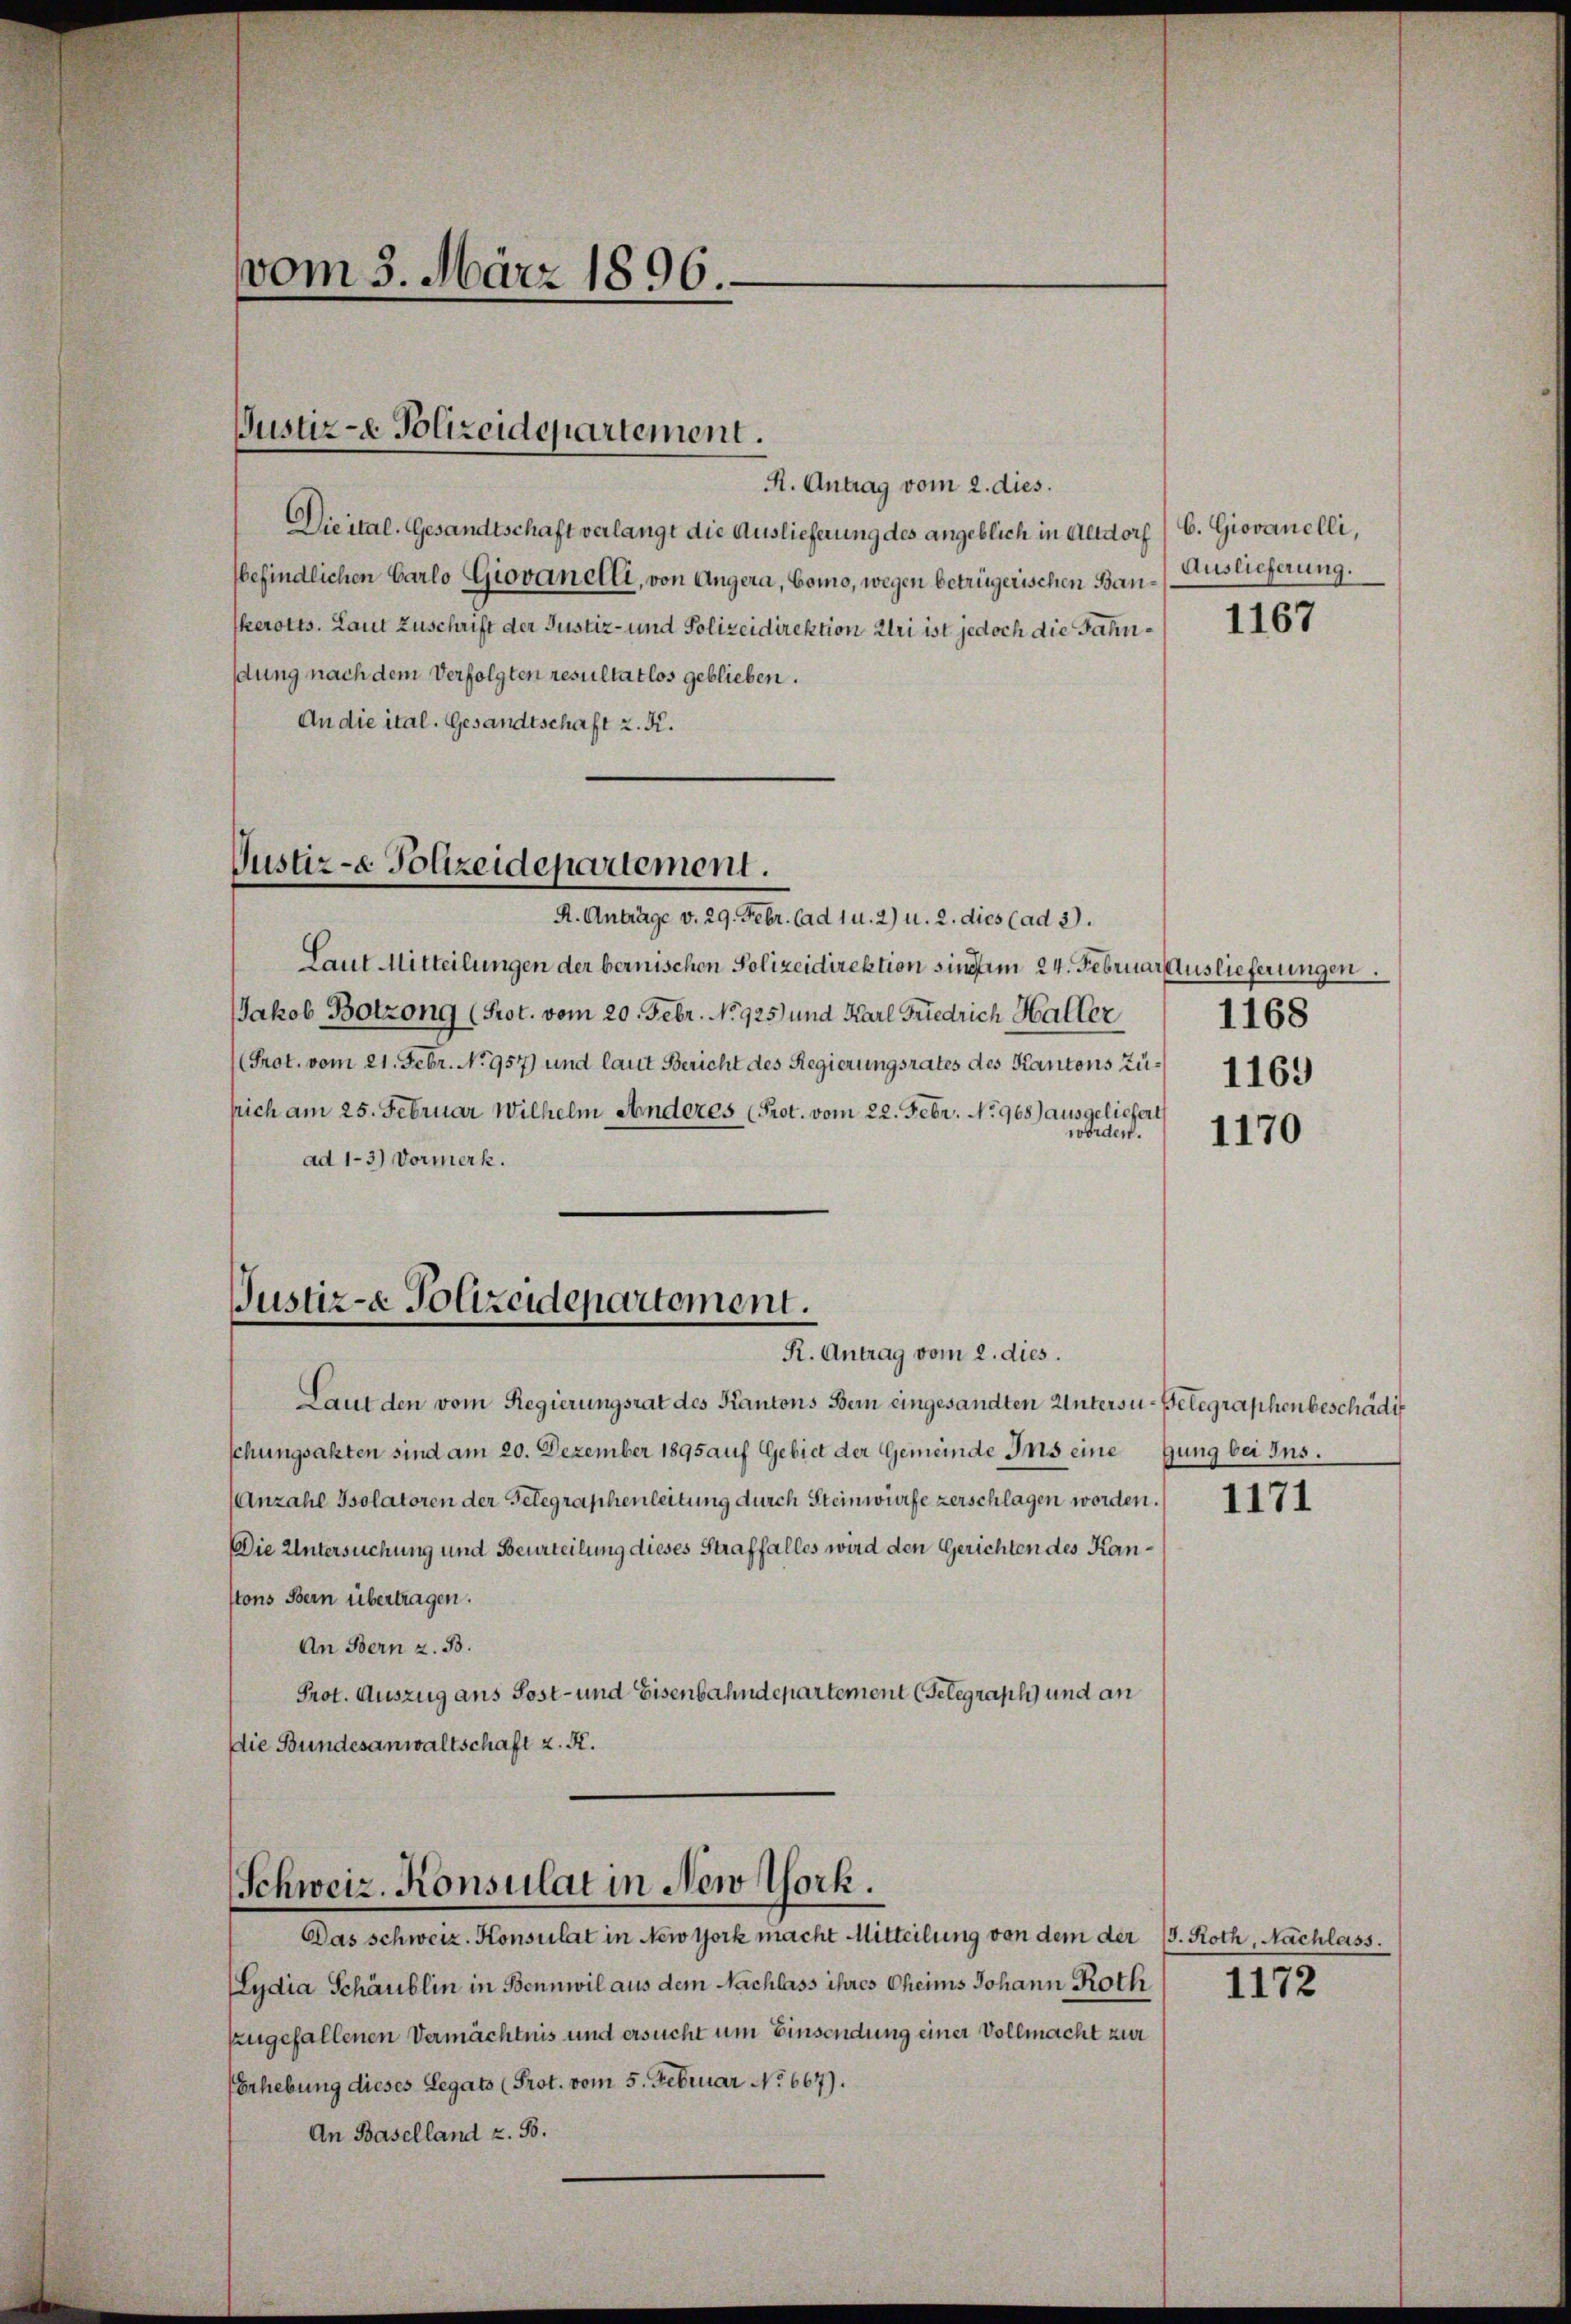
vom 3. März 1896.

Justiz- Polizeidepartement.

R. Antrag vom 2. dies.
Die ital. Gesandtschaft verlangt die Auslieferung des angeblich in Altdorf
befindlichen Carlo Giovanelli, von Angera, Como, wegen betrügerischen Bau- Auslieferung.
kerotts. Laut Zuschrift der Justiz- und Polizeidirektion Uri ist jedoch die Fahndung nach dem Verfolgten resultatlos geblieben.
An die ital. Gesandtschaft z. K.

Justiz- & Polizeidepartement.
A. Anträge v. 29. Febr. ad 1 u. 2) u. 2. dies (ad 3.

Laut Mitteilungen der bernischen Polizeidirektion sindem 24. Februar Auslieferungen.
Jakob Botzong (Prot. vom 20. Febr. No. 925) und Karl Friedrich Halter
Prot. vom 21. Febr. No 957) und laut Bericht des Regierungsrates des Kantons zu 116.
sich am 25. Februar Wilhelm Anderes (Prot. vom 22. Febr. No 968) ausgeliefert
worden.
ad 1-3) Vormerk.

Justiz- & Polizeidepartement.
R. Antrag vom 2. dies.

Lydia Schäublin in Bennwil aus dem Nachlass ihres Cheims Johann Roth
zugefallenen Vermächtnis und ersucht um Einsendung einer Vollmacht zur
Erhebung dieses Legats (Prot. vom 5. Februar No 667).
An Baselland z. B.

Laut den vom Regierungsrat des Kantons Bern eingesandten Untersu-Belegraphenbeschädig
schungsakten sind am 20. Dezember 1895 auf Gebiet der Gemeinde Ins eine Gung bei Ins¬
(Anzahl Isolatoren der Gelegraphenleitung durch Steinwürfe zerschlagen worden.
Die Untersuchung und Beurteilung dieses Straffalles wird den Gerichten des Kanstons Bern übertragen.
An Bern z. B.
Prot. Auszug aus Post- und Eisenbahndepartement (Telegraph und an
Die Bundesanwaltschaft z. R.

Schweiz. Konsulat in New York.
Das schweiz. Konsulat in New York macht Mitteilung von dem der (s. Roth, Nachlass.

b. Giovanelli,

1167

1168

1170

1171

1172